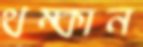
থম্‌কান